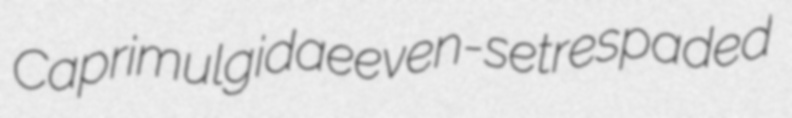
Caprimulgidae even-set respaded